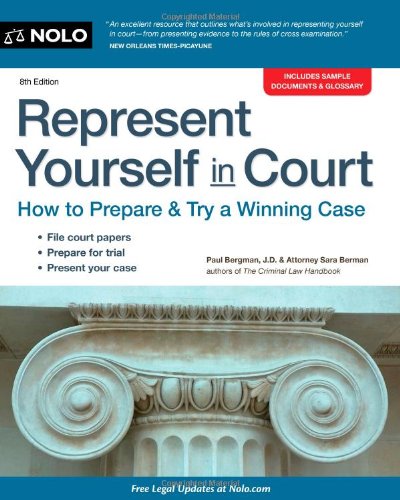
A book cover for Represent Yourself in Court: How to Prepare & Try a Winning Case; Paul Bergman; Law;